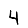
Digit: 4